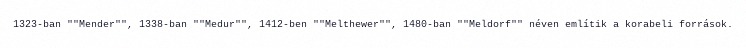
1323-ban ""Mender"", 1338-ban ""Medur"", 1412-ben ""Melthewer"", 1480-ban ""Meldorf"" néven említik a korabeli források.